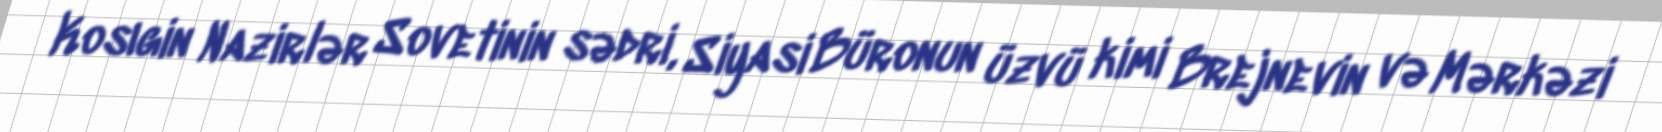
Kosıgin Nazirlər Sovetinin sədri, Siyasi Büronun üzvü kimi Brejnevin və Mərkəzi